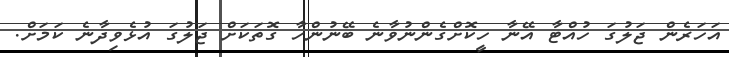
އަހަރެން ޖަލުގަ ހުއްޓާ އޭނާ ހީކޮށްގެންނުވާނެ ބޭނުންހާ ގޮތަކަށް ޖަލުގަ އުޅެވިދާނެ ކަމަށް.